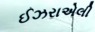
ઈઝરાએલી